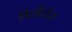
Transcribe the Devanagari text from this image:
डिसीजेज